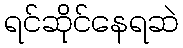
ရင်ဆိုင်နေရဆဲ